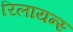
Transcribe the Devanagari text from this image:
रिलायन्स्‍